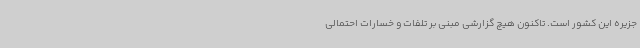
جزیره این کشور است. تاکنون هیچ گزارشی مبنی بر تلفات و خسارات احتمالی